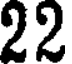
22